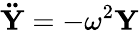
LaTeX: \mathbf{\ddot{Y}}=-\omega^{2}\mathbf{Y}